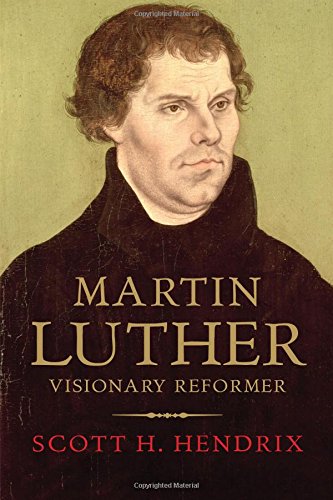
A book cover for Martin Luther: Visionary Reformer; Scott H. Hendrix; Christian Books & Bibles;